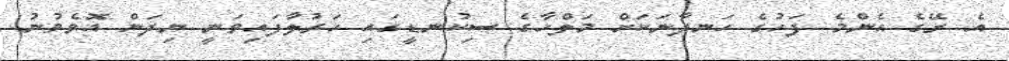
އެ ރޭގެ އެންމެ ފަހުގެ ހަނދާނަކަށް މަލްހާގެ ސިކުނޑީގައި ހަރުލާފައިވަނީ ނިދަން އޮވެވުނު